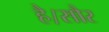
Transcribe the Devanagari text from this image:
है।सौर